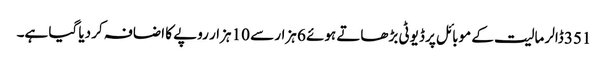
351 ڈالر مالیت کے موبائل پر ڈیوٹی بڑھاتے ہوئے 6 ہزار سے 10 ہزار روپے کا اضافہ کر دیا گیا ہے۔